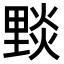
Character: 𨤮